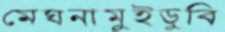
মেঘনামুইডুবি